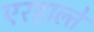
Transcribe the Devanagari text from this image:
एरहाल्ते